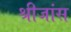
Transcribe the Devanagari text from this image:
श्रीजांस